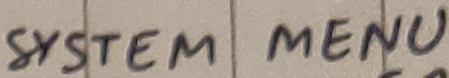
Text: SYSTEM MENU